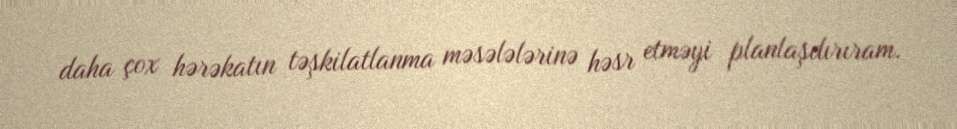
daha çox hərəkatın təşkilatlanma məsələlərinə həsr etməyi planlaşdırıram.